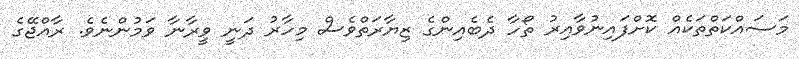
މަސައްކަތްތަކެއް ކޮށްފައިނުވާއިރު ތޯހާ ދެބެއިންގެ ޒިޔާރަތްވެސް މިހާރު ދަނީ ވީރާނާ ވަމުންނެވެ. ރާއްޖޭގެ